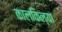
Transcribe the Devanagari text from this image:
कालकिल्या